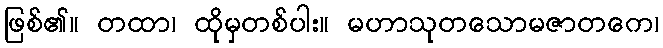
ဖြစ်၏။ တထာ၊ ထိုမှတစ်ပါး။ မဟာသုတသောမဇာတကေ၊